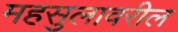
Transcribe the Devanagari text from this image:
महसुलावरील